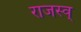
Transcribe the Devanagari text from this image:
राजस्व्